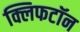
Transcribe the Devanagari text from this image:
क्लिफटॉन